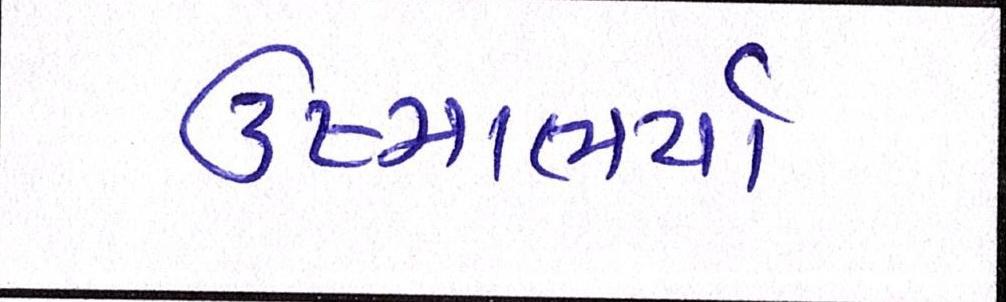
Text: ઉષ્માભર્યાં